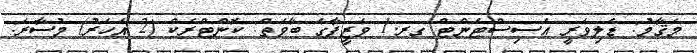
މަޤާމު: ޑެލިވަރީ އެސިސްޓެންޓް ގރ.1 ވަޒީފާގެ ބާވަތް: ކޮންޓްރެކް (2 އަހަރު) މުސާރަ: